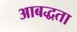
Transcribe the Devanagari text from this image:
आबद्धता